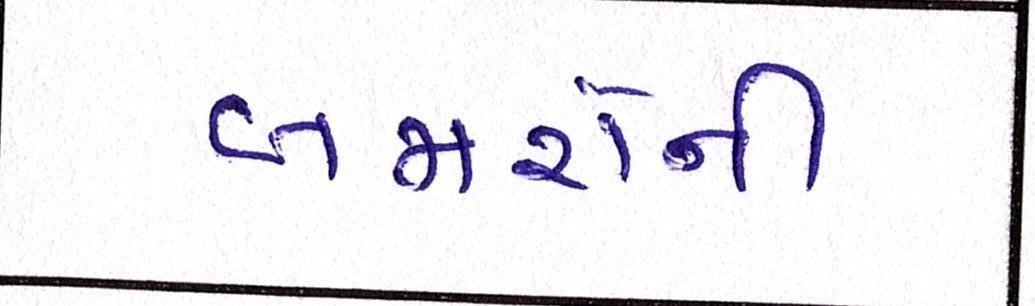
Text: બજારોની